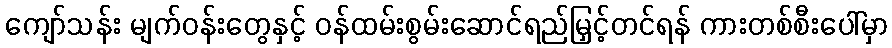
ကျော်သန်း မျက်ဝန်းတွေနှင့် ဝန်ထမ်းစွမ်းဆောင်ရည်မြှင့်တင်ရန် ကားတစ်စီးပေါ်မှာ